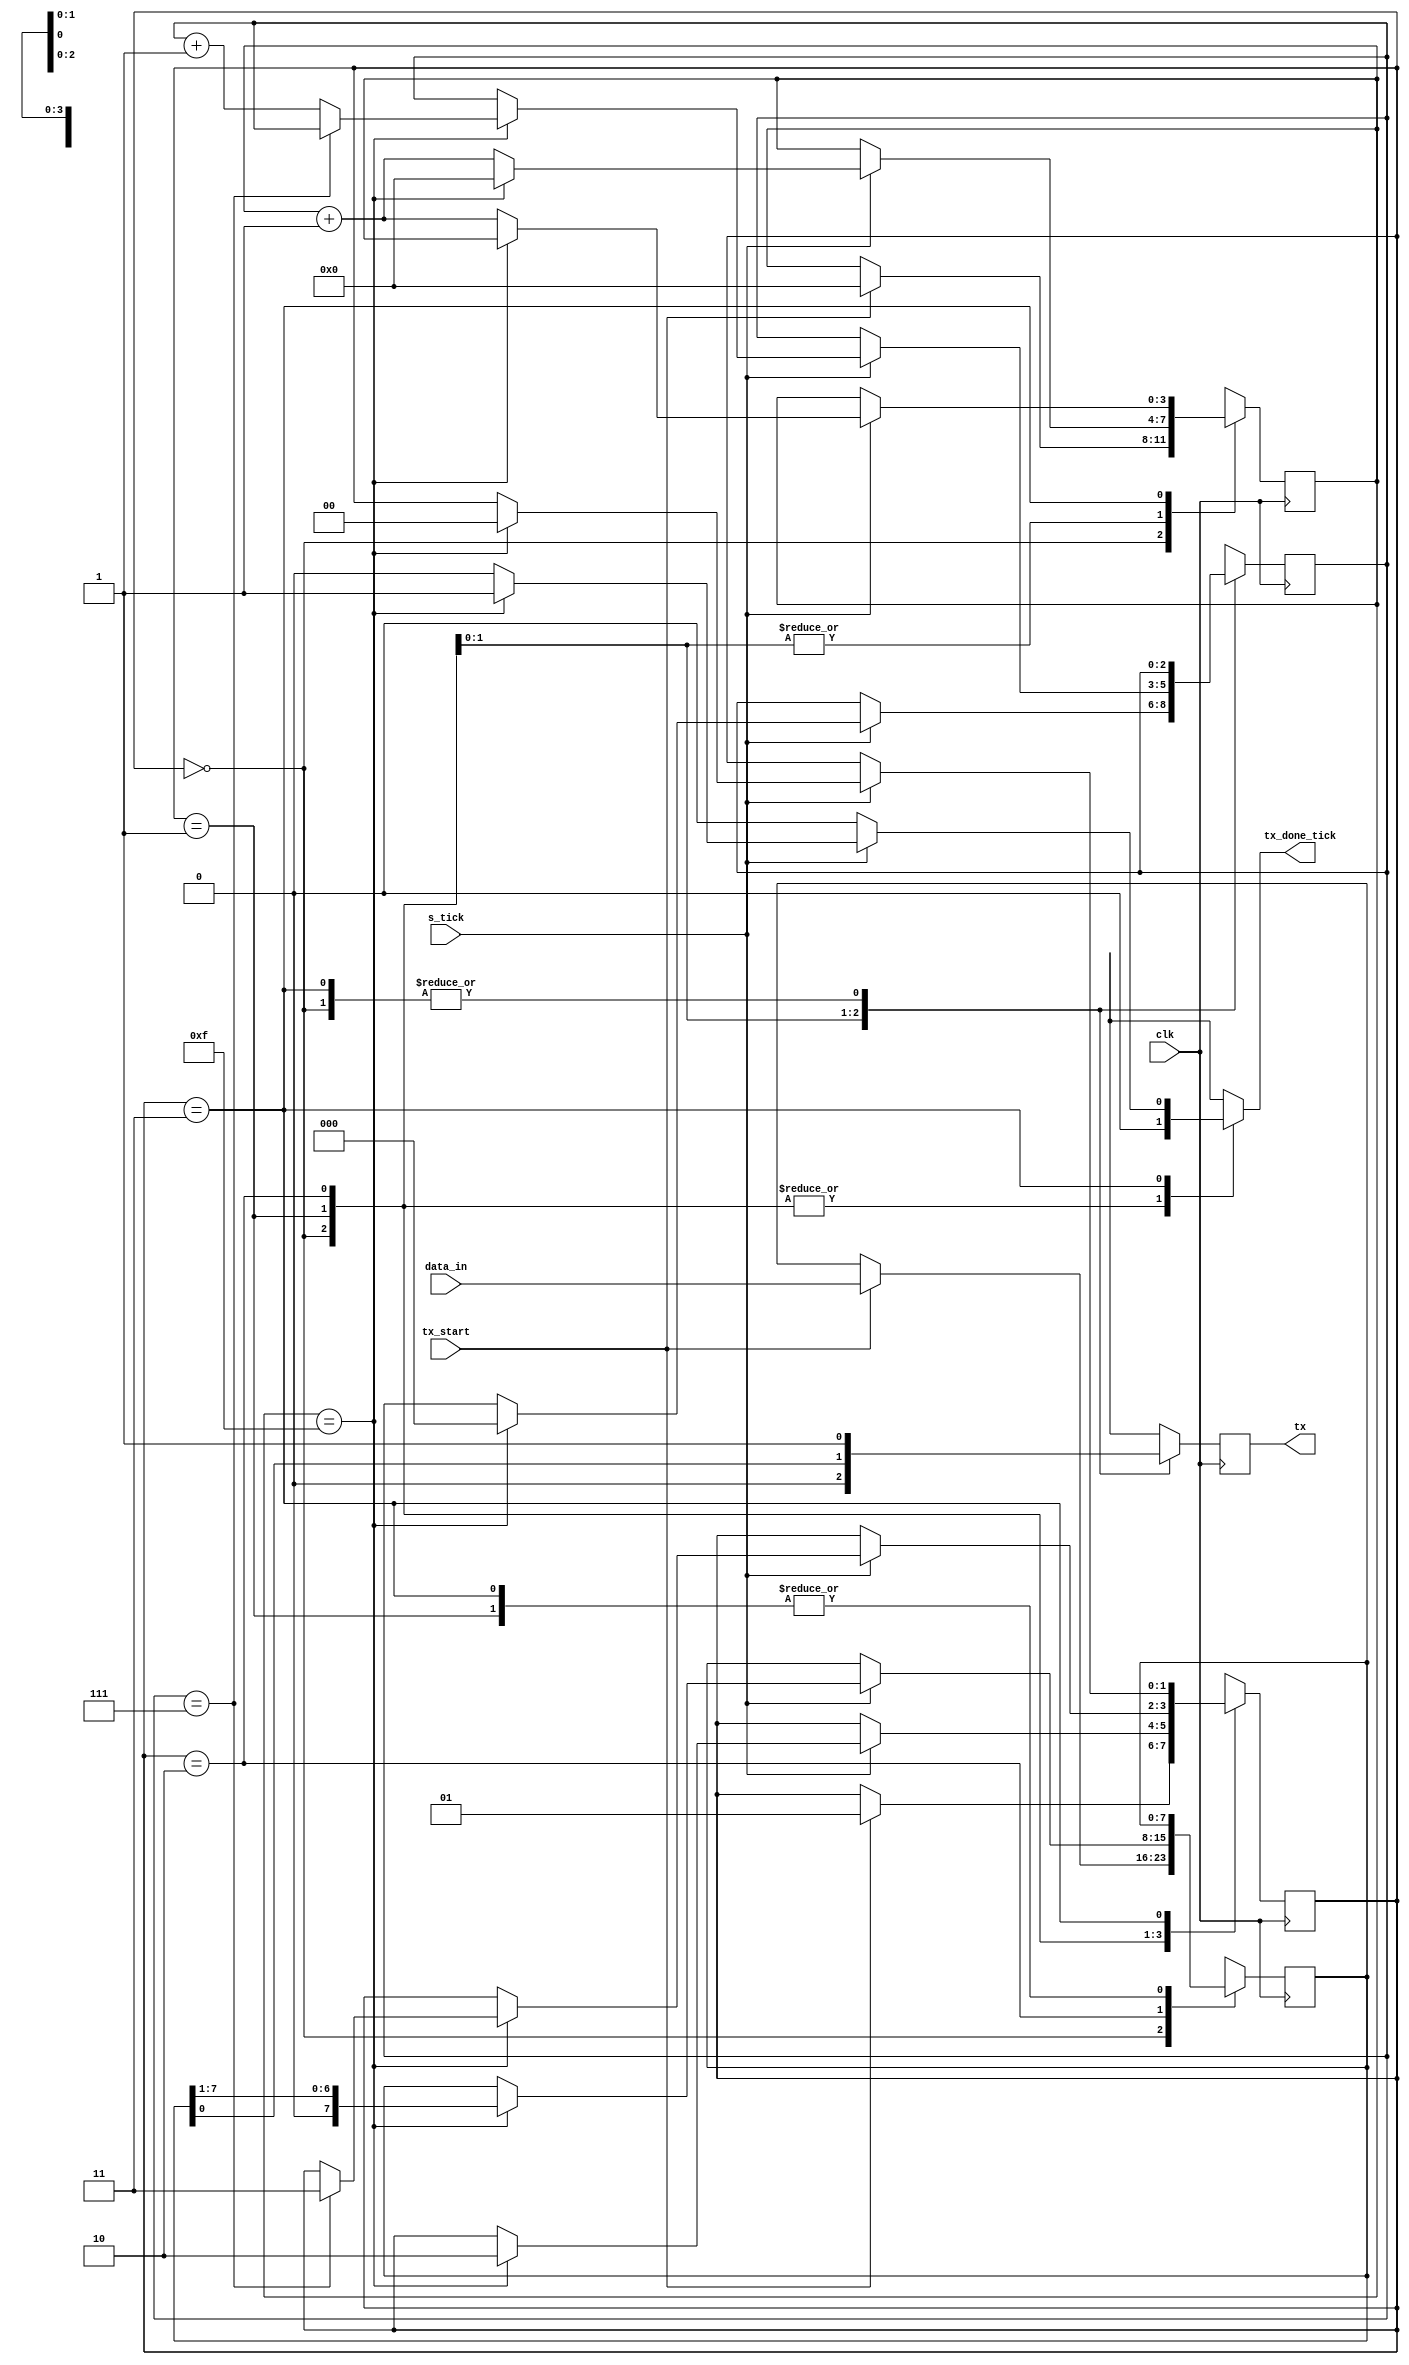
module uart_tx
  #(
    parameter DBIT = 8,        // nmero de bits de datos
              SB_TICK = 16   // nmero de ticks para bits de stop
  )
  (
    input wire clk,
    input wire tx_start, s_tick,
    input wire [7:0] data_in,
    output reg tx_done_tick,
    output wire tx
  );
  
  //Declaracin de estados simblicos
  localparam [1:0]
      idle  = 2'b00,
      start = 2'b01,
      data  = 2'b10,
      stop  = 2'b11;
      
  //Declaracion de seales
  reg [1:0] state_reg, state_next;
  reg [3:0] s_reg, s_next; //Numero de sampling ticks para hacer el oversampling
  reg [2:0] n_reg, n_next; //Numero de bits de datos recibidos en el estado data.
  reg [7:0] b_reg, b_next;
  reg tx_reg, tx_next;     //Buffer de un bit para filtrar posibles fallos
  reg [4:0] auxs;
  reg [3:0] auxn;
  
  //Cuerpo
  //Registros de datos y Estado de la FSMD
  always @(posedge clk)
    begin
      state_reg <= state_next;
      s_reg <= s_next;
      n_reg <= n_next;
      b_reg <= b_next;
      tx_reg <= tx_next;
    end
      
  // FSMD next-state logic y unidades funcionales
  always @*
  begin
    state_next = state_reg;
    tx_done_tick = 1'b0;
    s_next = s_reg;
    n_next = n_reg;
    b_next = b_reg;
    tx_next = tx_reg;
    
    case (state_reg)
      idle:
      begin
        tx_next = 1'b1;
        if(tx_start)
        begin
          state_next = start;
          s_next = 0;
          b_next = data_in;
        end
      end
      
      start:
      begin
        tx_next = 1'b0;
        if(s_tick)
          if(s_reg == 15)
          begin
            state_next = data;
            s_next = 0;
            n_next = 0;
          end
          
          else
			 begin
            auxs = s_reg +1;
				s_next = auxs[3:0];
			 end
      end
      
      data:
      begin
        tx_next = b_reg[0];
        if(s_tick)
          if(s_reg == 15)
          begin
            s_next = 0;
            b_next = b_reg >> 1;
            if(n_reg == (DBIT - 1))
              state_next = stop;
            else
            begin
					auxn = n_reg + 1;
					n_next = auxn[2:0];
				end
          end
          
          else
			 begin
            auxs = s_reg +1;
				s_next = auxs[3:0];
			 end
      end     
            
      stop:
      begin
        tx_next = 1'b1;
        if(s_tick)
          if(s_reg == (SB_TICK - 1))
          begin
            state_next = idle;
            tx_done_tick = 1'b1;
          end
          
          else
			 begin
            auxs = s_reg +1;
				s_next = auxs[3:0];
			 end
      end
      
    endcase
  end
  
  //Salida
  assign tx = tx_reg;
  
endmodule